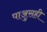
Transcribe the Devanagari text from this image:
पाअुसही